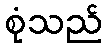
စုံသည်